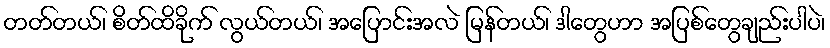
တတ်တယ်၊ စိတ်ထိခိုက် လွယ်တယ်၊ အပြောင်းအလဲ မြန်တယ်၊ ဒါတွေဟာ အပြစ်တွေချည်းပါပဲ၊